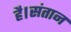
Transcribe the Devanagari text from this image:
है।संतान